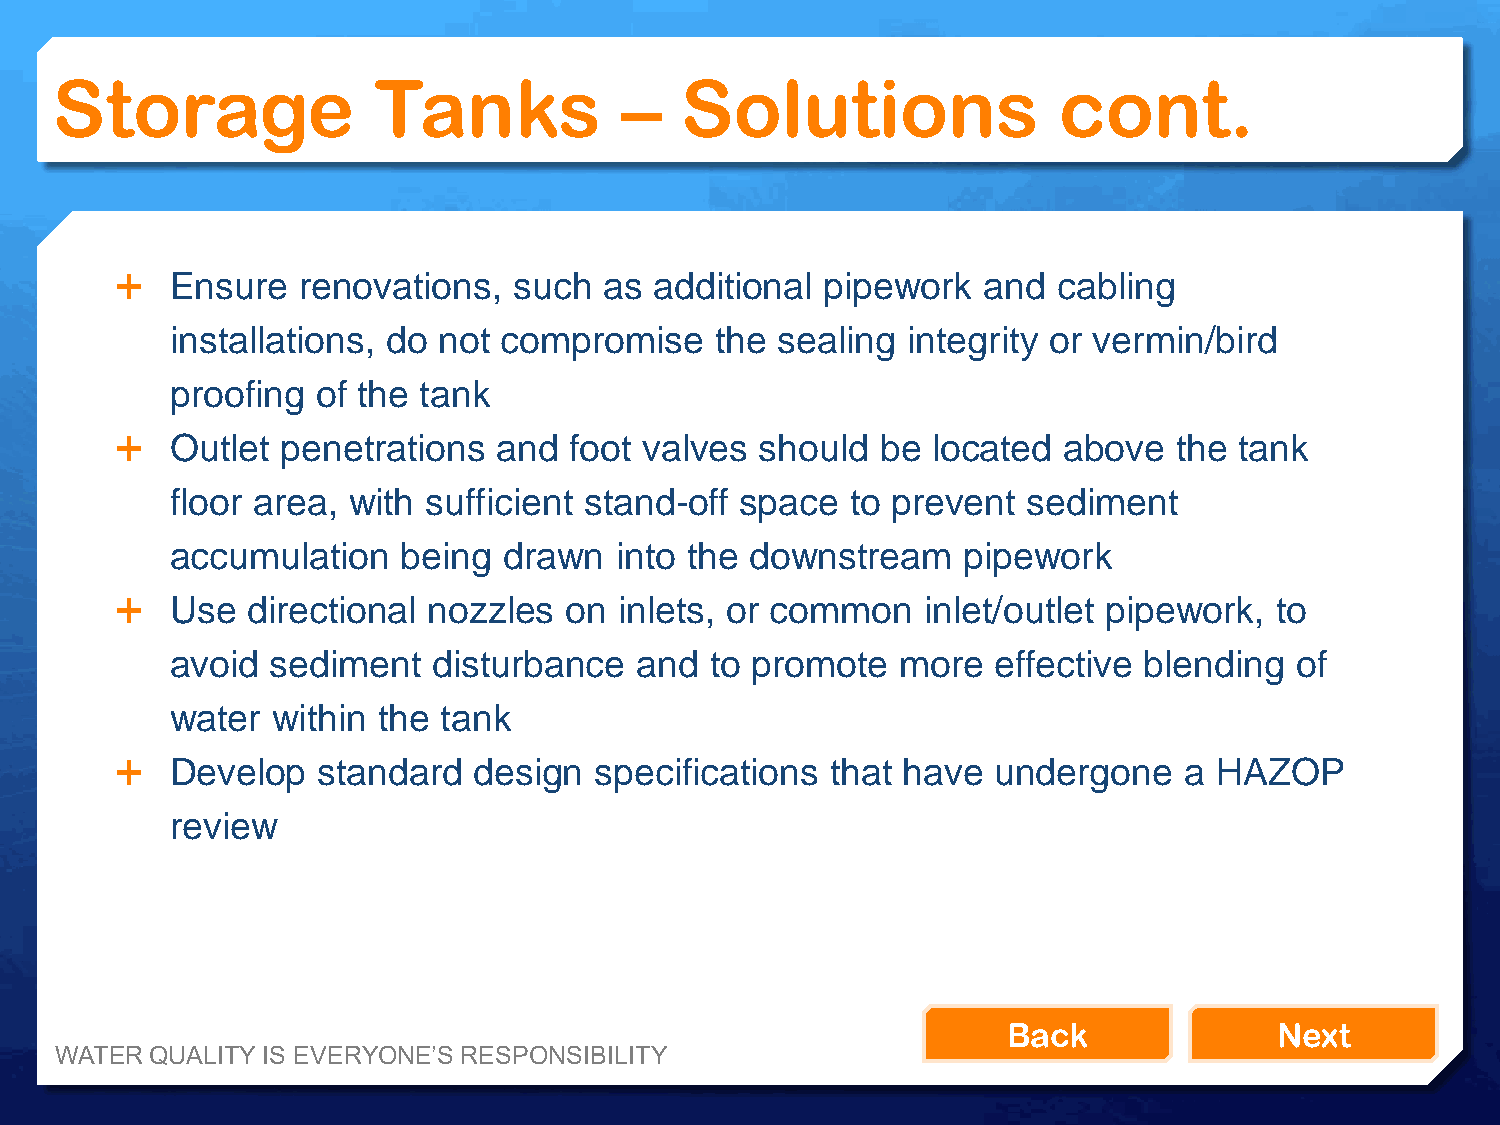
Storage               Tanks           –   Solutions                cont.
   Ensure   renovations,  such  as additional  pipework  and  cabling
 installations, do not compromise    the  sealing integrity or vermin/bird
 proofing  of the tank
   Outlet  penetrations  and  foot valves should  be  located above   the tank
 floor area, with sufficient stand-off space  to prevent  sediment
 accumulation    being drawn   into the downstream    pipework
   Use  directional nozzles  on  inlets, or common   inlet/outlet pipework, to
 avoid  sediment   disturbance  and  to promote   more  effective blending  of
 water  within the tank
   Develop   standard  design  specifications  that have  undergone   a HAZOP
 review
 Back              Next
 WATER QUALITY IS EVERYONE’S RESPONSIBILITY